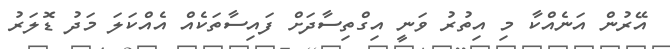
އޭރުން އަނެއްކާ މި އިތުރު ވަނީ އިގްތިސާދަށް ފައިސާތަކެއް އެއްކަލަ މަދު ޑޮލަރު